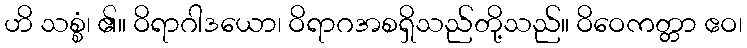
ဟိ သစ္စံ၊ ၏။ ဝိရာဂါဒယော၊ ဝိရာဂအစရှိသည်တို့သည်။ ဝိဝေကတ္တာ ဧဝ၊